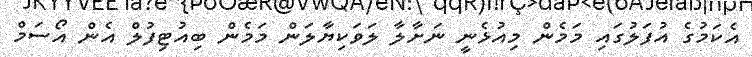
އެކަމުގެ އުފަލުގައި މަމެން މިއުޅެނީ ނަށާލާ ލަވަކިޔާލަން މަމެން ބިއުޓިފުލް އެން އޯސަމް